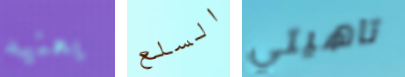
يعنيه السلع تاهيتي